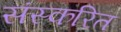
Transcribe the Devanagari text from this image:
संस्करित